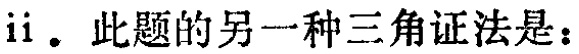
ii. 此题的另一种三角证法是：